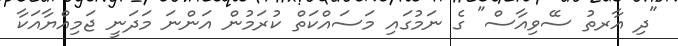
"ދި އާރތު ސޭވިއާސް" ގެ ނަމުގައި މަސައްކަތް ކުރަމުން އަންނަ މަދަނީ ޖަމިއްޔާއަކާ